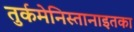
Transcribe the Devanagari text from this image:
तुर्कमेनिस्तानाइतका